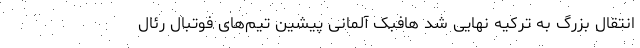
انتقال بزرگ به ترکیه نهایی شد هافبک آلمانی پیشین تیم‌های فوتبال رئال